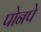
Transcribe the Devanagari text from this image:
पोनपे